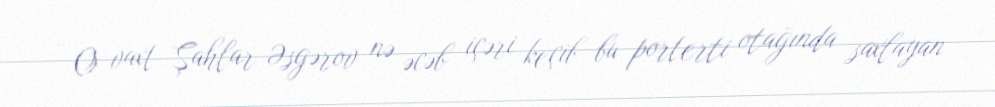
- O vaxt Şahlar Əsgərov nə əcəb içəri keçib bu porterti otağında saxlayan